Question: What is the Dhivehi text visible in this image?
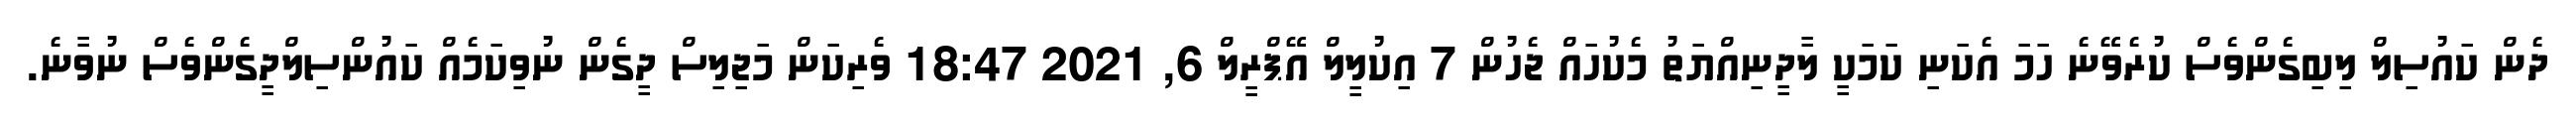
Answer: ދެން ކައުސިލް ލިބިގެންވެސް ކުރެވޭނެ ހަމަ އެކަނި ކަމަކީ ލާދީނިއްޔަތު މެކުހައް ޖެހުން 7 އިކުލީލް އޭޕްރީލް 6, 2021 18:47 ވެރިކަން މަޖިލިސް ދީގެން ނުވިކަމެއް ކައުންސިލްދީގެންވެސް ނުވާނެ.